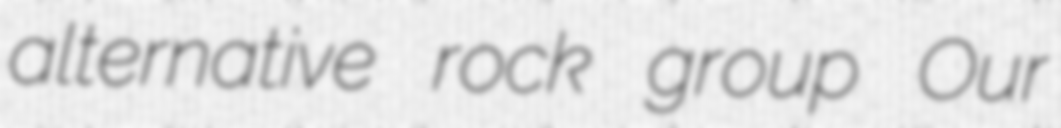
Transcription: alternative rock group Our